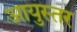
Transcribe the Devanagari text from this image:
आयुस्तर